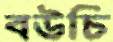
বউচি